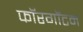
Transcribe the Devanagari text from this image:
फॉरगॉटन